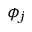
\phi _ { j }